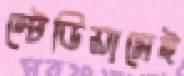
স্টেডিয়ামেই